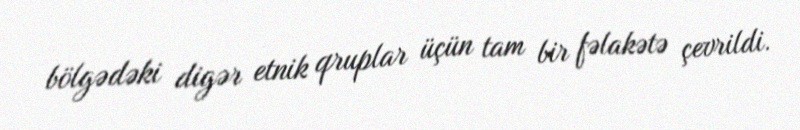
bölgədəki digər etnik qruplar üçün tam bir fəlakətə çevrildi.